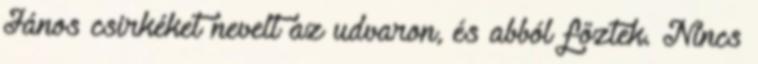
János csirkéket nevelt az udvaron, és abból főztek. Nincs